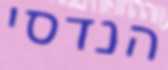
הנדסי